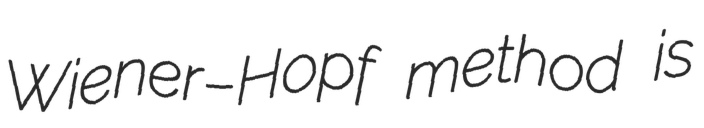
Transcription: Wiener–Hopf method is